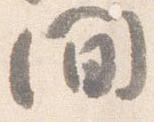
間